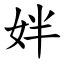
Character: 姅